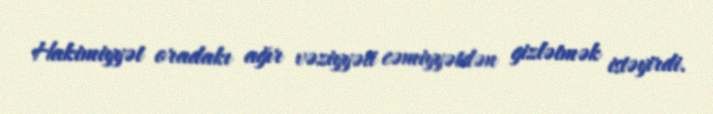
Hakimiyyət oradakı ağır vəziyyəti cəmiyyətdən gizlətmək istəyirdi.